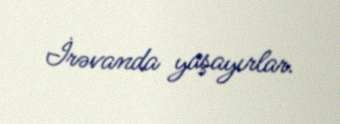
İrəvanda yaşayırlar.